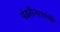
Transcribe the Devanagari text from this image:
पंढरीनाथांची